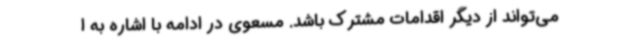
می‌تواند از دیگر اقدامات مشترک باشد. مسعوی در ادامه با اشاره به ا